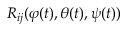
R _ { i j } ( \varphi ( t ) , \theta ( t ) , \psi ( t ) )